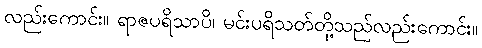
လည်းကောင်း။ ရာဇပရိသာပိ၊ မင်းပရိသတ်တို့သည်လည်းကောင်း။